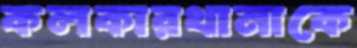
কলকারখানাকে